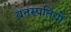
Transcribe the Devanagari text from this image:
वनस्‍पतियों